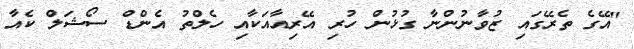
"އޭގެ ތެރޭގައި ޒުވާނުންނާ ގުޅުން ހުރި އޭރިއާއަކާއި ހެލްތު އެންޑް ސޯޝަލް ކެއާ